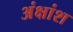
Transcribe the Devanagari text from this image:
अंक्षांश